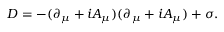
D = - ( \partial _ { \mu } + i A _ { \mu } ) ( \partial _ { \mu } + i A _ { \mu } ) + \sigma .